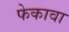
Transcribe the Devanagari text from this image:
फेकावा